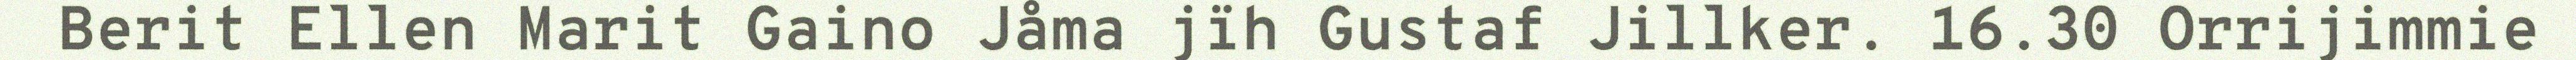
Berit Ellen Marit Gaino Jåma jïh Gustaf Jillker. 16.30 Orrijimmie